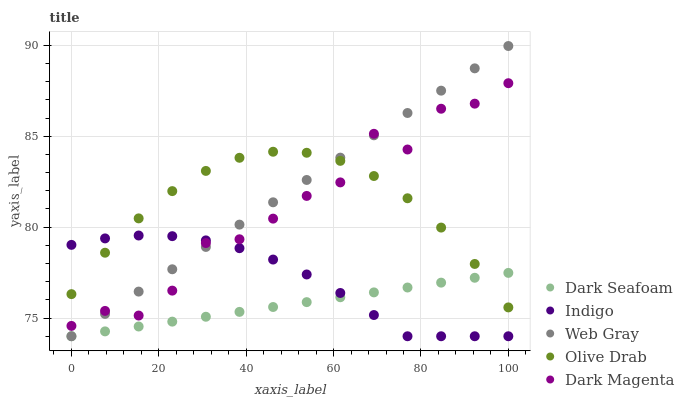
| xaxis_label | Dark Seafoam | Indigo | Web Gray | Olive Drab | Dark Magenta |
 | --- | --- | --- | --- | --- | --- |
 | 0 | 74 | 79 | 74 | 76.3 | 74.6 |
 | 7.69 | 74.3 | 79.4 | 75.2 | 78.6 | 75.4 |
 | 15.4 | 74.5 | 79.5 | 76.5 | 80.5 | 75.1 |
 | 23.1 | 74.8 | 79.5 | 77.7 | 82 | 76.5 |
 | 30.8 | 75.1 | 79.3 | 78.9 | 83.1 | 79.1 |
 | 38.5 | 75.3 | 78.8 | 80.1 | 83.8 | 79.3 |
 | 46.2 | 75.6 | 78.2 | 81.4 | 84.1 | 80.5 |
 | 53.8 | 75.9 | 77.4 | 82.6 | 84.1 | 81.7 |
 | 61.5 | 76.1 | 76.4 | 83.8 | 83.6 | 82.5 |
 | 69.2 | 76.4 | 75.2 | 85.1 | 82.8 | 85.1 |
 | 76.9 | 76.7 | 74 | 86.3 | 81.6 | 84.3 |
 | 84.6 | 76.9 | 74 | 87.5 | 80 | 86.5 |
 | 92.3 | 77.2 | 74 | 88.7 | 78 | 86.8 |
 | 100 | 77.5 | 74 | 90 | 75.6 | 87.9 |